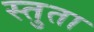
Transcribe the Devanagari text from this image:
स्तुता